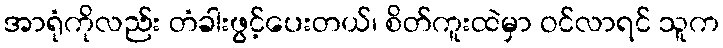
အာရုံကိုလည်း တံခါးဖွင့်ပေးတယ်၊ စိတ်ကူးထဲမှာ ဝင်လာရင် သူက